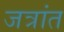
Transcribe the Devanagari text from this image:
जत्रांत